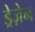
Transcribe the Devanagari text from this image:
ड्रेज़ेन